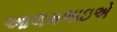
આલમભાઇએ